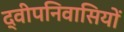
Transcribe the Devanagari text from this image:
द्वीपनिवासियों